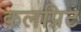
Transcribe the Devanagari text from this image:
कलप्रिट